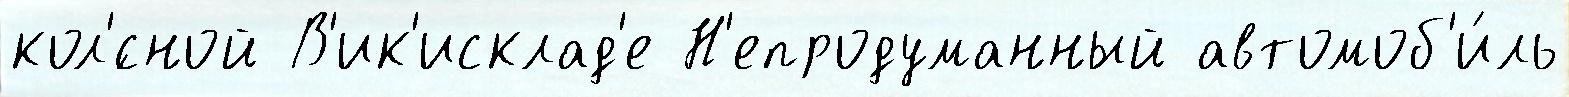
кол'́сной В'ик'исклад'е Н'епродуманный автомоб'и́ль